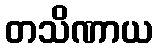
တသိဏာယ